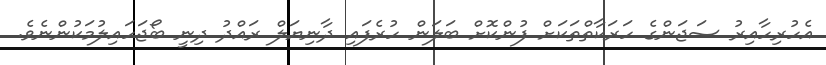
އެހުރިހާއިރު ސަޖަންގެ ހަރަކާތްތަކަށް ފުންކޮށް ބަލަން ހުރެފައި ދާނިޔަލް ރައްދު ދިނީ ބޯޖަހައިލުމަކުންނެވެ.